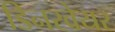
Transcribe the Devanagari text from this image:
डिनरवेयर